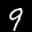
Label: 9